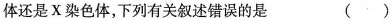
体还是X染色体，下列有关叙述错误的是